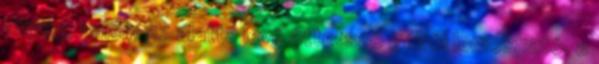
anyag, amely az alatta levő áttetsző gélről lemosható, a